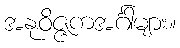
အနုဝိဇ္ဇကအင်္ဂါများ။